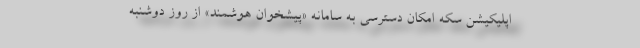
اپلیکیشن سکه امکان دسترسی به سامانه «پیشخوان هوشمند» از روز دوشنبه